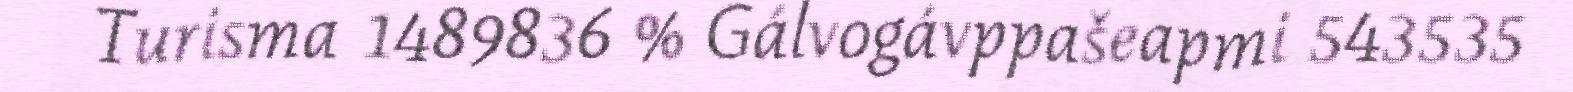
Turisma 1489836 % Gálvogávppašeapmi 543535